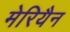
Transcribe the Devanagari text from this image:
मेरियैन